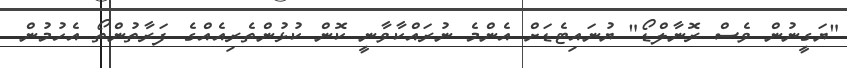
"ޔަގީނުން ވެސް ރޮނާލްޑޯ" ޔުނައިޓެޑަށް އެންމެ ނުރައްކާވާނީ ކޮން ކުޅުންތެރިއެއްގެ ފަރާތުންތޯ އެހުމުން